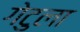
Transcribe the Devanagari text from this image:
गेटुला